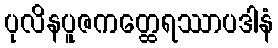
ပုလိနပူဇကတ္ထေရဿာပဒါနံ